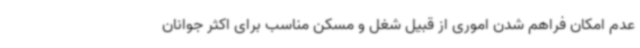
عدم امکان فراهم شدن اموری از قبیل شغل و مسکن مناسب برای اکثر جوانان